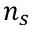
n _ { s }